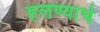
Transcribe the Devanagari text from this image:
हलण्याचे